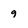
Character: 9